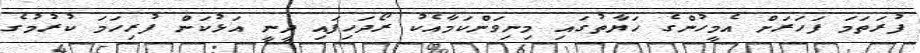
ފުރަތަމަ ފަހަރަށް އެމީހުންގެ ހަޔާތުގައި މިނިވަންކަމާއެކު ރޯދަހިފައި ދީނީ އަޅުކަން ފުރިހަމަ ކުރުމުގެ